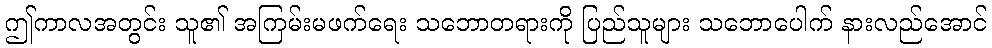
ဤကာလအတွင်း သူ၏ အကြမ်းမဖက်ရေး သဘောတရားကို ပြည်သူများ သဘောပေါက် နားလည်အောင်